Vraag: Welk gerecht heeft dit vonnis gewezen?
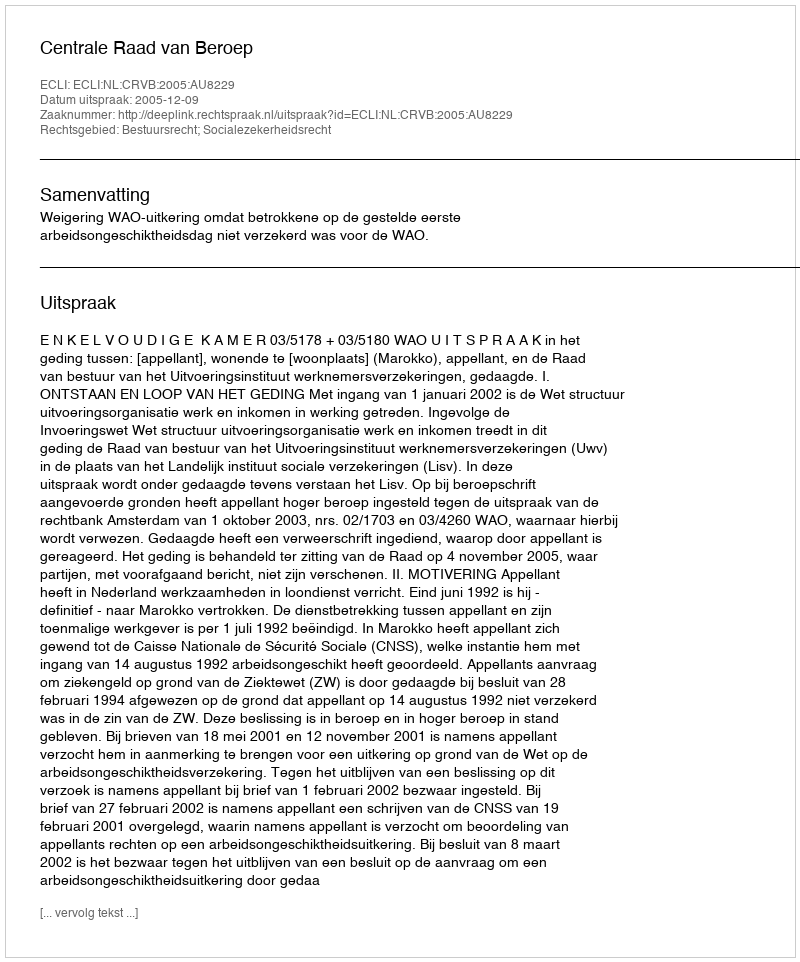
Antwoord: Centrale Raad van Beroep